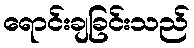
ရောင်းချခြင်းသည်